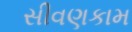
સીવણકામ